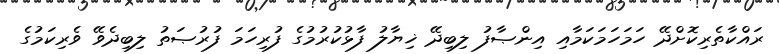
ރައްކާތެރިކޮށްދޭ ހަމަހަމަކަމާއި އިންޞާފު ލިބިދޭ ޚިޔާލު ފާޅުކުރުމުގެ ފުރިހަމަ ފުރުޞަތު ލިބިދެވޭ ވެރިކަމުގެ